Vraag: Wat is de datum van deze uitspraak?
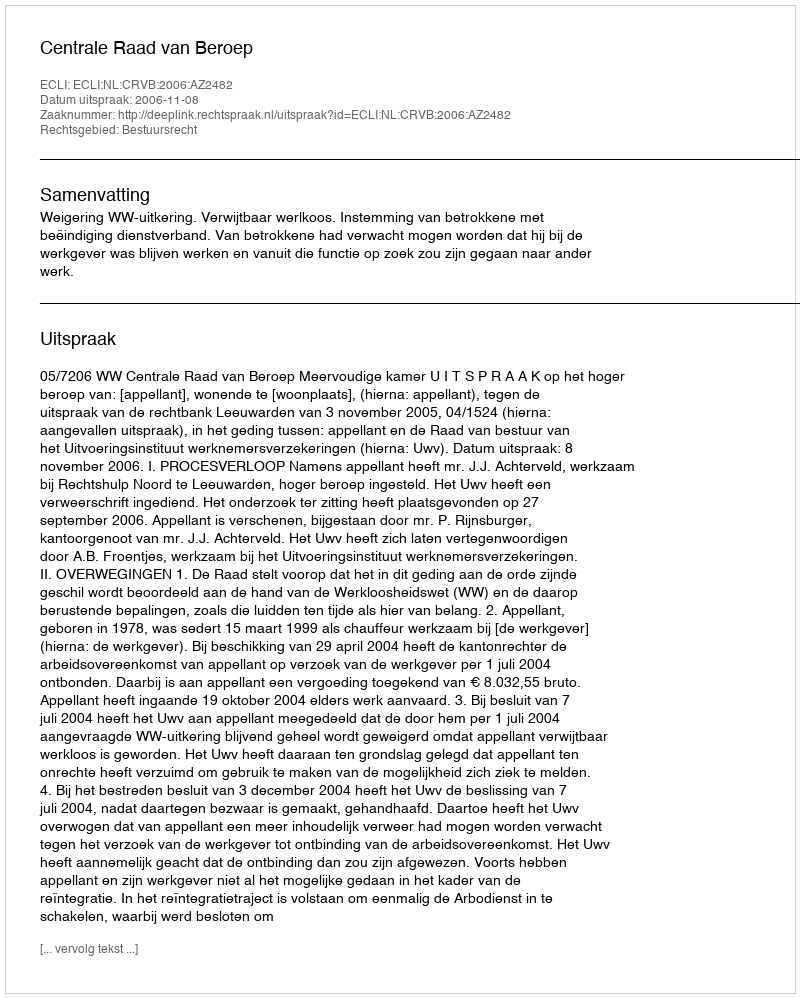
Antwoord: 2006-11-08